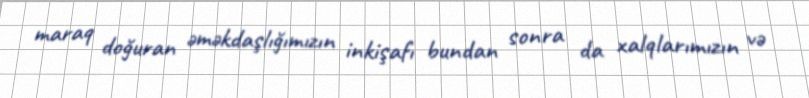
maraq doğuran əməkdaşlığımızın inkişafı bundan sonra da xalqlarımızın və